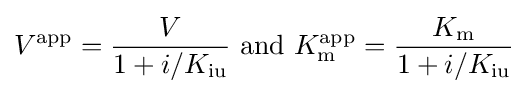
V^{\mathrm {app} }={\frac {V}{1+i/K_{\mathrm {iu} }}}{\text{ and }}K_{\mathrm {m} }^{\mathrm {app} }={\frac {K_{\mathrm {m} }}{1+i/K_{\mathrm {iu} }}}